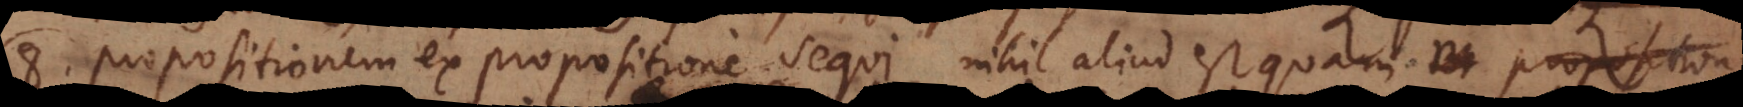
8. Propositionem ex propositione sequi nihil aliud est quam